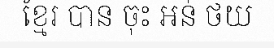
ខ្មែរ បាន ចុះ អន់ ថយ